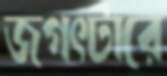
জগৎটারে